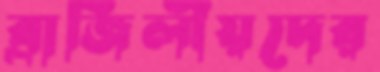
ব্রাজিলীয়দের